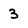
Character: 3